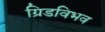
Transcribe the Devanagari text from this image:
ग्रिडविभव